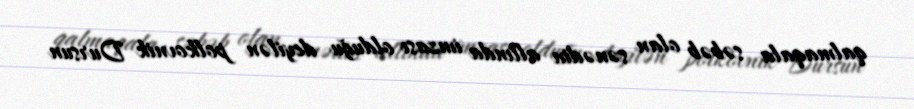
qalmaqala səbəb olan sənədin altında imzası olduğu deyilən polkovnik Dursun